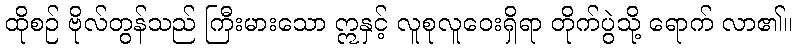
ထိုစဉ် ဗိုလ်တွန်သည် ကြီးမားသော ဣနှင့် လူစုလူဝေးရှိရာ တိုက်ပွဲသို့ ရောက် လာ၏။